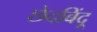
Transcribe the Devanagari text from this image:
छेदबिंदू